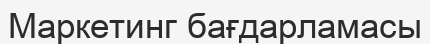
Маркетинг бағдарламасы